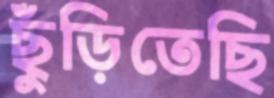
ছুঁড়িতেছি